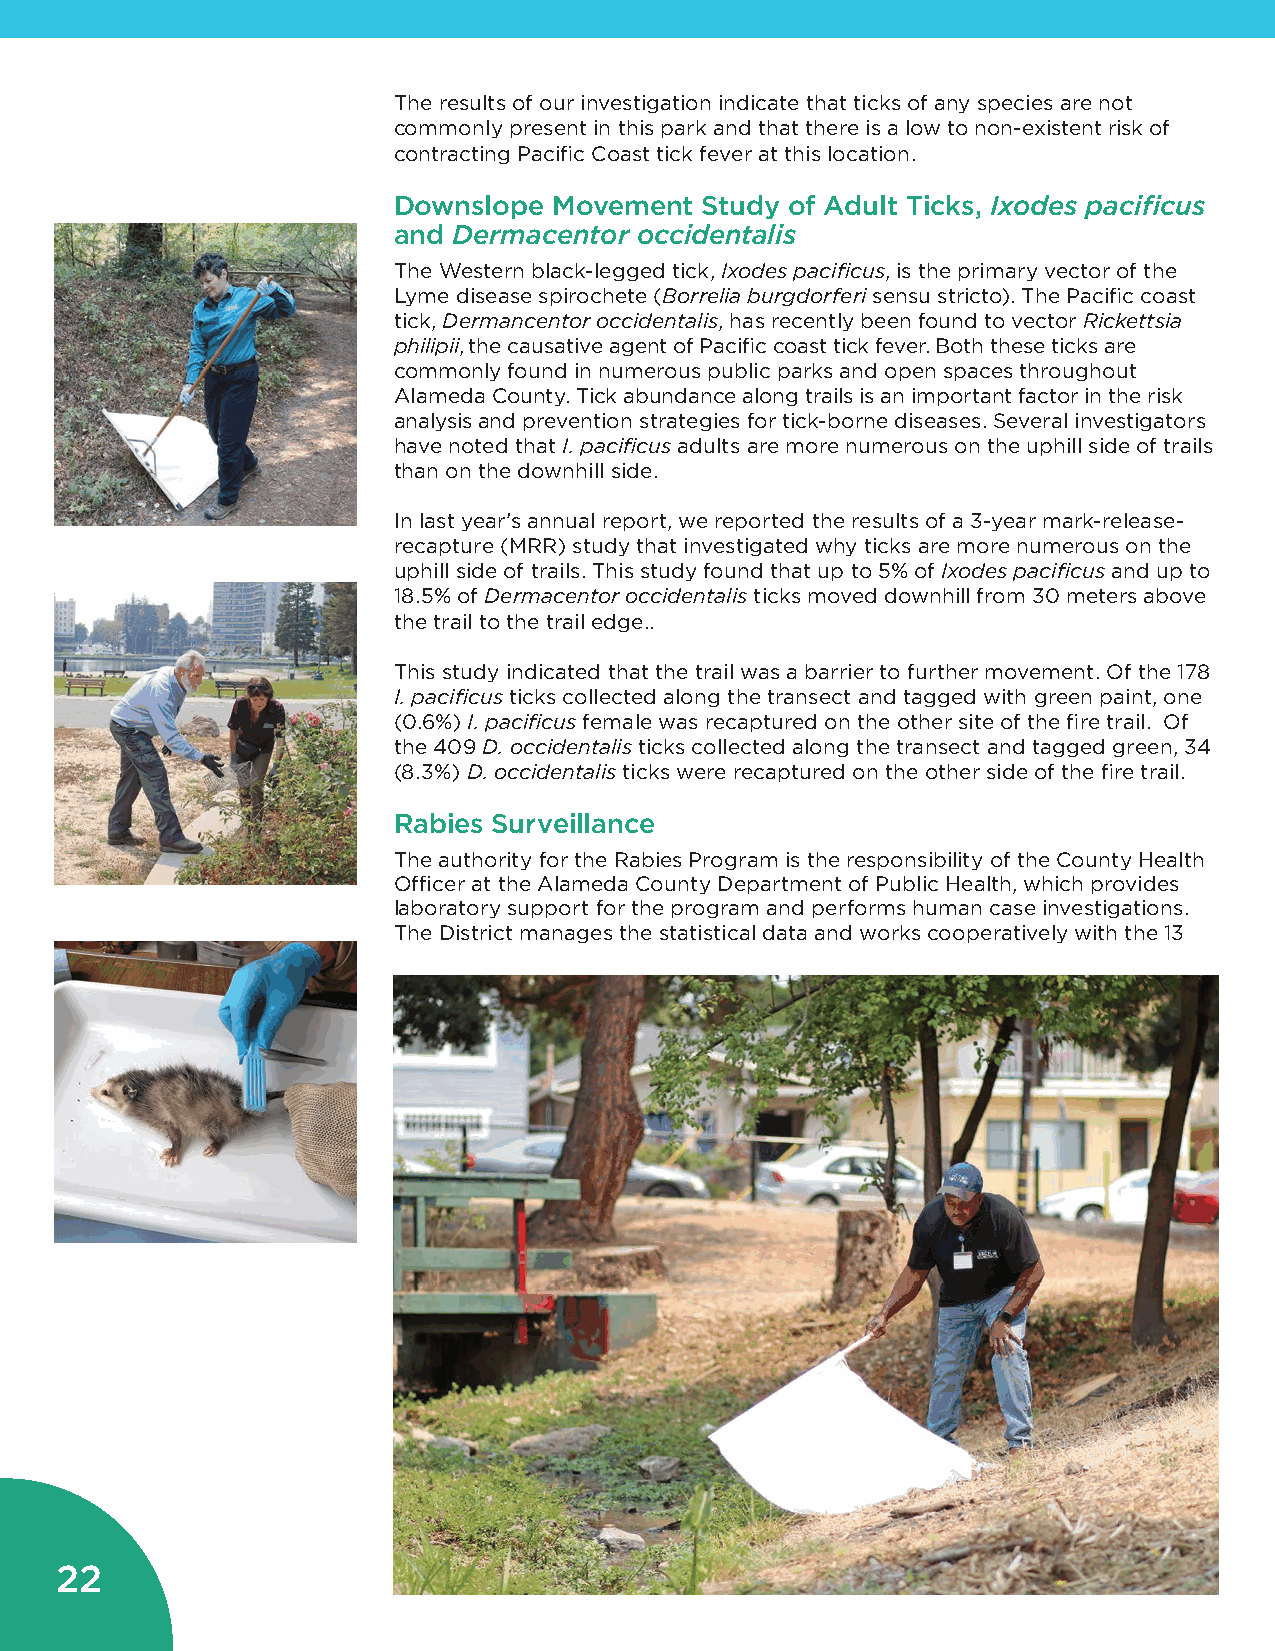
The results of our investigation indicate that ticks of any species are not
 commonly present in this park and that there is a low to non-existent risk of
 contracting Pacific Coast tick fever at this location.
 Downslope  Movement Study of Adult Ticks, Ixodes pacificus
 and Dermacentor occidentalis
 The Western black-legged tick, Ixodes pacificus, is the primary vector of the
 Lyme disease spirochete (Borrelia burgdorferi sensu stricto). The Pacific coast
 tick, Dermancentor occidentalis, has recently been found to vector Rickettsia
 philipii, the causative agent of Pacific coast tick fever. Both these ticks are
 commonly found in numerous public parks and open spaces throughout
 Alameda County. Tick abundance along trails is an important factor in the risk
 analysis and prevention strategies for tick-borne diseases. Several investigators
 have noted that I. pacificus adults are more numerous on the uphill side of trails
 than on the downhill side.
 In last year’s annual report, we reported the results of a 3-year mark-release-
 recapture (MRR) study that investigated why ticks are more numerous on the
 uphill side of trails. This study found that up to 5% of Ixodes pacificus and up to
 18.5% of Dermacentor occidentalis ticks moved downhill from 30 meters above
 the trail to the trail edge..
 This study indicated that the trail was a barrier to further movement. Of the 178
 I. pacificus ticks collected along the transect and tagged with green paint, one
 (0.6%) I. pacificus female was recaptured on the other site of the fire trail. Of
 the 409 D. occidentalis ticks collected along the transect and tagged green, 34
 (8.3%) D. occidentalis ticks were recaptured on the other side of the fire trail.
 Rabies Surveillance
 The authority for the Rabies Program is the responsibility of the County Health
 Officer at the Alameda County Department of Public Health, which provides
 laboratory support for the program and performs human case investigations.
 The District manages the statistical data and works cooperatively with the 13
 22